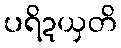
ပရိဍယှတိ